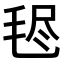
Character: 𣭥